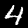
Digit: 4